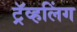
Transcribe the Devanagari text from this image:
ट्रॅव्हलिंग